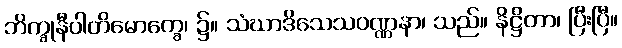
ဘိက္ခုနီပါတိမောက္ခေ၊ ၌။ သံဃာဒိသေသဝဏ္ဏနာ၊ သည်။ နိဋ္ဌိတာ၊ ပြီးပြီ။